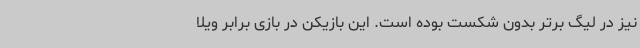
نیز در لیگ برتر بدون شکست بوده است. این بازیکن در بازی برابر ویلا